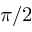
\pi / 2